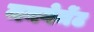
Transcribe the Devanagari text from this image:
मनगेमेंट